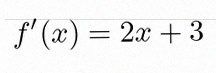
f'(x)=2x+3